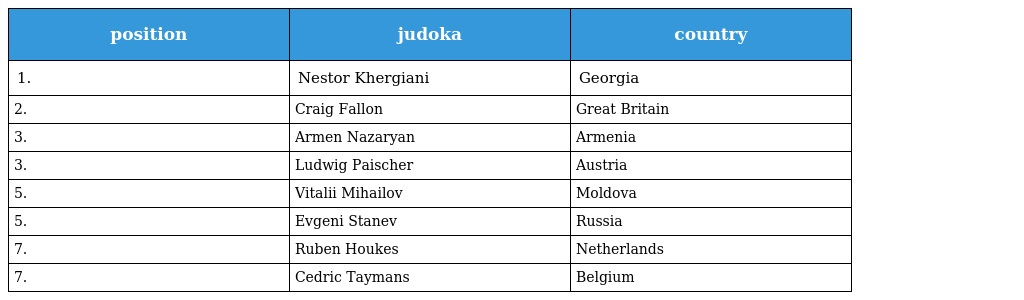
| position | judoka | country |
 | --- | --- | --- |
 | 1. | Nestor Khergiani | Georgia |
 | 2. | Craig Fallon | Great Britain |
 | 3. | Armen Nazaryan | Armenia |
 | 3. | Ludwig Paischer | Austria |
 | 5. | Vitalii Mihailov | Moldova |
 | 5. | Evgeni Stanev | Russia |
 | 7. | Ruben Houkes | Netherlands |
 | 7. | Cedric Taymans | Belgium |